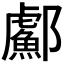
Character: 𬪣